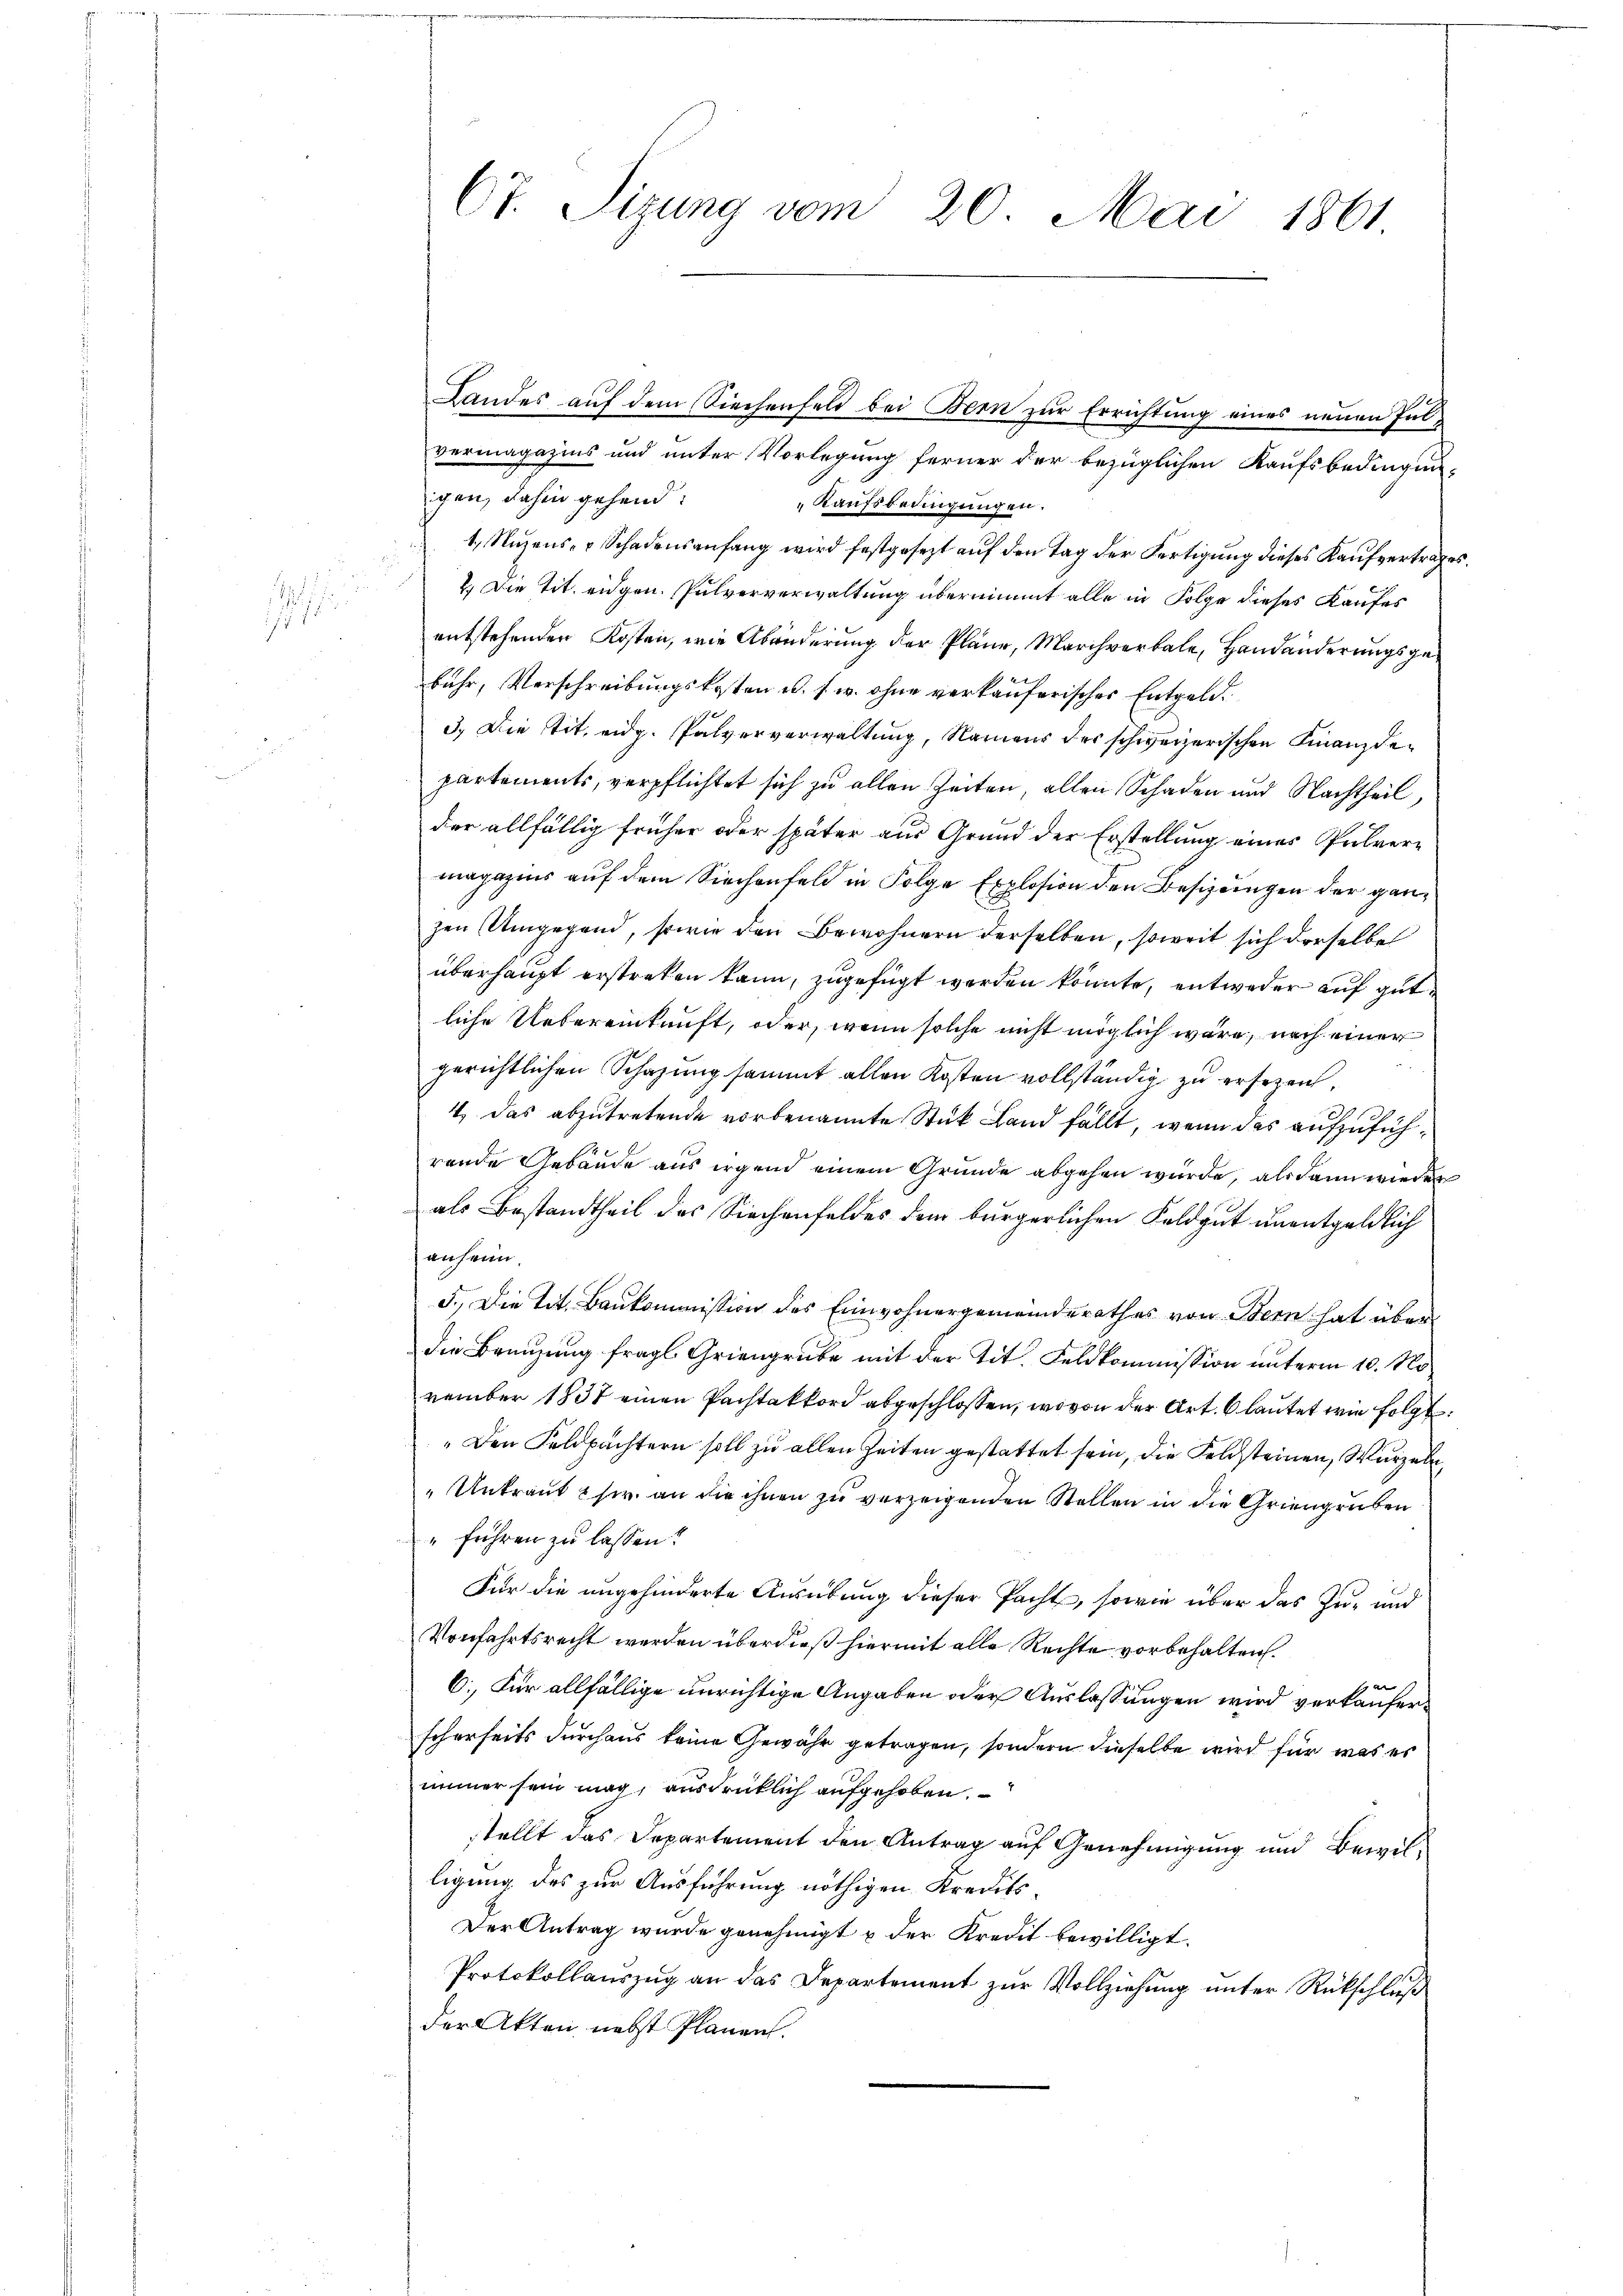
Landes auf dem Siechenfeld bei Bern zur Errichtung eines neuen Pulvermagazins und unter Vorlegung ferner der bezüglichen Kaufsbedingun-
igen, dahin gehend:
Kaufsbedingungen.
1., Nuzens- u Schadensanfang wird festgesezt auf den Tag der Fertigung dieses Kaufvertrages
2.) Die Tit. eidgen. Pulververwaltung übernimmt alle in Folge dieses Kaufes
entstehenden Kosten, wie Abänderung der Pläne, Marchverbale, Handänderungsgebuhr, Verschreibungskosten u. s. w. ohne verkauferischer Entgeld¬
3.) Die tit. eidg. Pulververwaltung, Namens der schweizerischen Finanzdepartements, verpflichtet sich zu allen Zeiten, allen Schaden und Nachtheil,
der allfällig früher oder später aus Grund der Erstellung eines Pulvermagazins auf dem Siechenfeld in Folge Explosion den Besizungen der ganzen Umgegend, sowie den Bewohnern derselben, soweit sich derselbe
überhaupt erstreken kann, zugefügt werden könnte, entweder auf gutliche Uebereinkunft, oder, wenn solche nicht möglich wäre, nach einer
gerichtlichen Schazung sammt allen Kosten vollständig zu ersezen.
4 das abzutretende vorbenannte Stück Land fällt, wenn das aufzuführende Gebäude aus irgen einem Grunde abgehen wurde, als dann wieder
als Bestandtheil des Siechenfeldes dem bürgerlichen Feldgut unentgeldlich
anheim.
5.) Die Tit. Baukommission des Einwohnergemeinderathes von Bern hat über
die Brauzung fragl. Griengrube mit der tit. Feldkommission unterm 10. No
vember 1837 einen Pachtakkord abgeschlossen, wovon der Art. 6 lautet wie folgt.
„Den Feldpächtern soll zu allen Zeiten gestattet sein, die Feldsteinen, Wurzeln
" Antraut usw. an die ihnen zu verzeigenden Stellen in die Griengruben
"führen zu lassen?
Für die angehinderte Ausübung dieser Pacht, sowie über das Zu- und
Vonfahrtsrecht werden überdieß hiermit alle Rechte vorbehalten.
B
6., Für allfällige unrichtige Angaben oder Auslassungen wird verkauferscherseits durchaus keine Gewähr getragen, sondern dieselbe wird für was es
immer sein mag, ausdrücklich aufgehoben.
stellt das Departement den Antrag auf Genehmigung und Bewilligung des zur Ausführung nöthigen Kredits¬
Der Antrag wurde genehmigt u der Kredit bewilligt.
Protokollauszug an das Departement zur Vollziehung unter Rückschluß
der Akten nebst Planen.

67. Sizung vom 20. Mai 1861